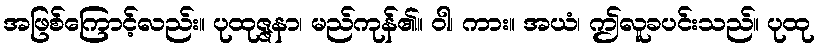
အဖြစ်ကြောင့်လည်း။ ပုထုဇ္ဇနာ၊ မည်ကုန်၏။ ဝါ၊ ကား။ အယံ၊ ဤလူခပင်းသည်။ ပုထု